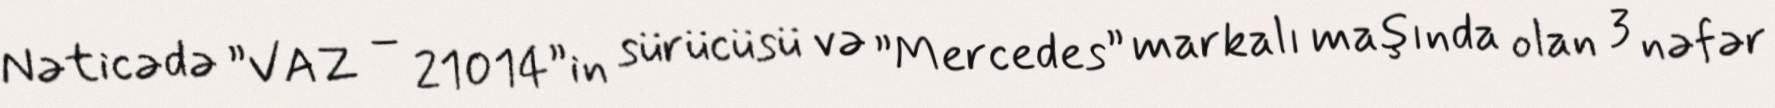
Nəticədə ”VAZ – 21014”in sürücüsü və ”Mercedes” markalı maşında olan 3 nəfər